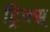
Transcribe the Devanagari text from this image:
ट्रिक्स्